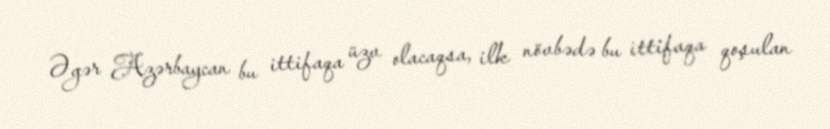
Əgər Azərbaycan bu ittifaqa üzv olacaqsa, ilk növbədə bu ittifaqa qoşulan